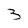
Character: 3